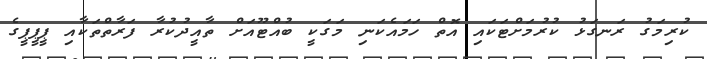
ކުރިމަގު ރަނގަޅު ކުރުމަށްޓަކައި އޮތް ހަމައެކަނި މަގަކީ ބުއްޓޫއަށް ތާއީދުކުރާ ފަރާތްތަކާއި ޕީޕީޕީގެ